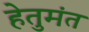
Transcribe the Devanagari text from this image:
हेतुमंत